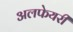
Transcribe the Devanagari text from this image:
अलफेयरी